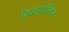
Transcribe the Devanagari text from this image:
रिवाइवलिस्ट